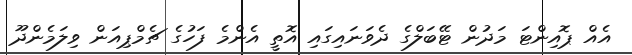
އެއް ޕޮއިންޓަ މަދުން ޓޭބަލްގެ ދެވަނައިގައި އޮތީ އެންމެ ފަހުގެ ޗެމްޕިއަން ވިލަމެންދޫ